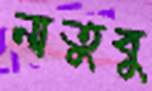
নাতুবু